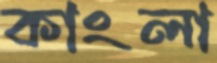
কাংলা